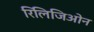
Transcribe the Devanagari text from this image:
रिलिजिओन